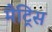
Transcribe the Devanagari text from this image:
मैट्रिस